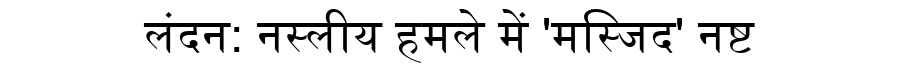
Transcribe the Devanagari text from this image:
लंदन: नस्लीय हमले में 'मस्जिद' नष्ट